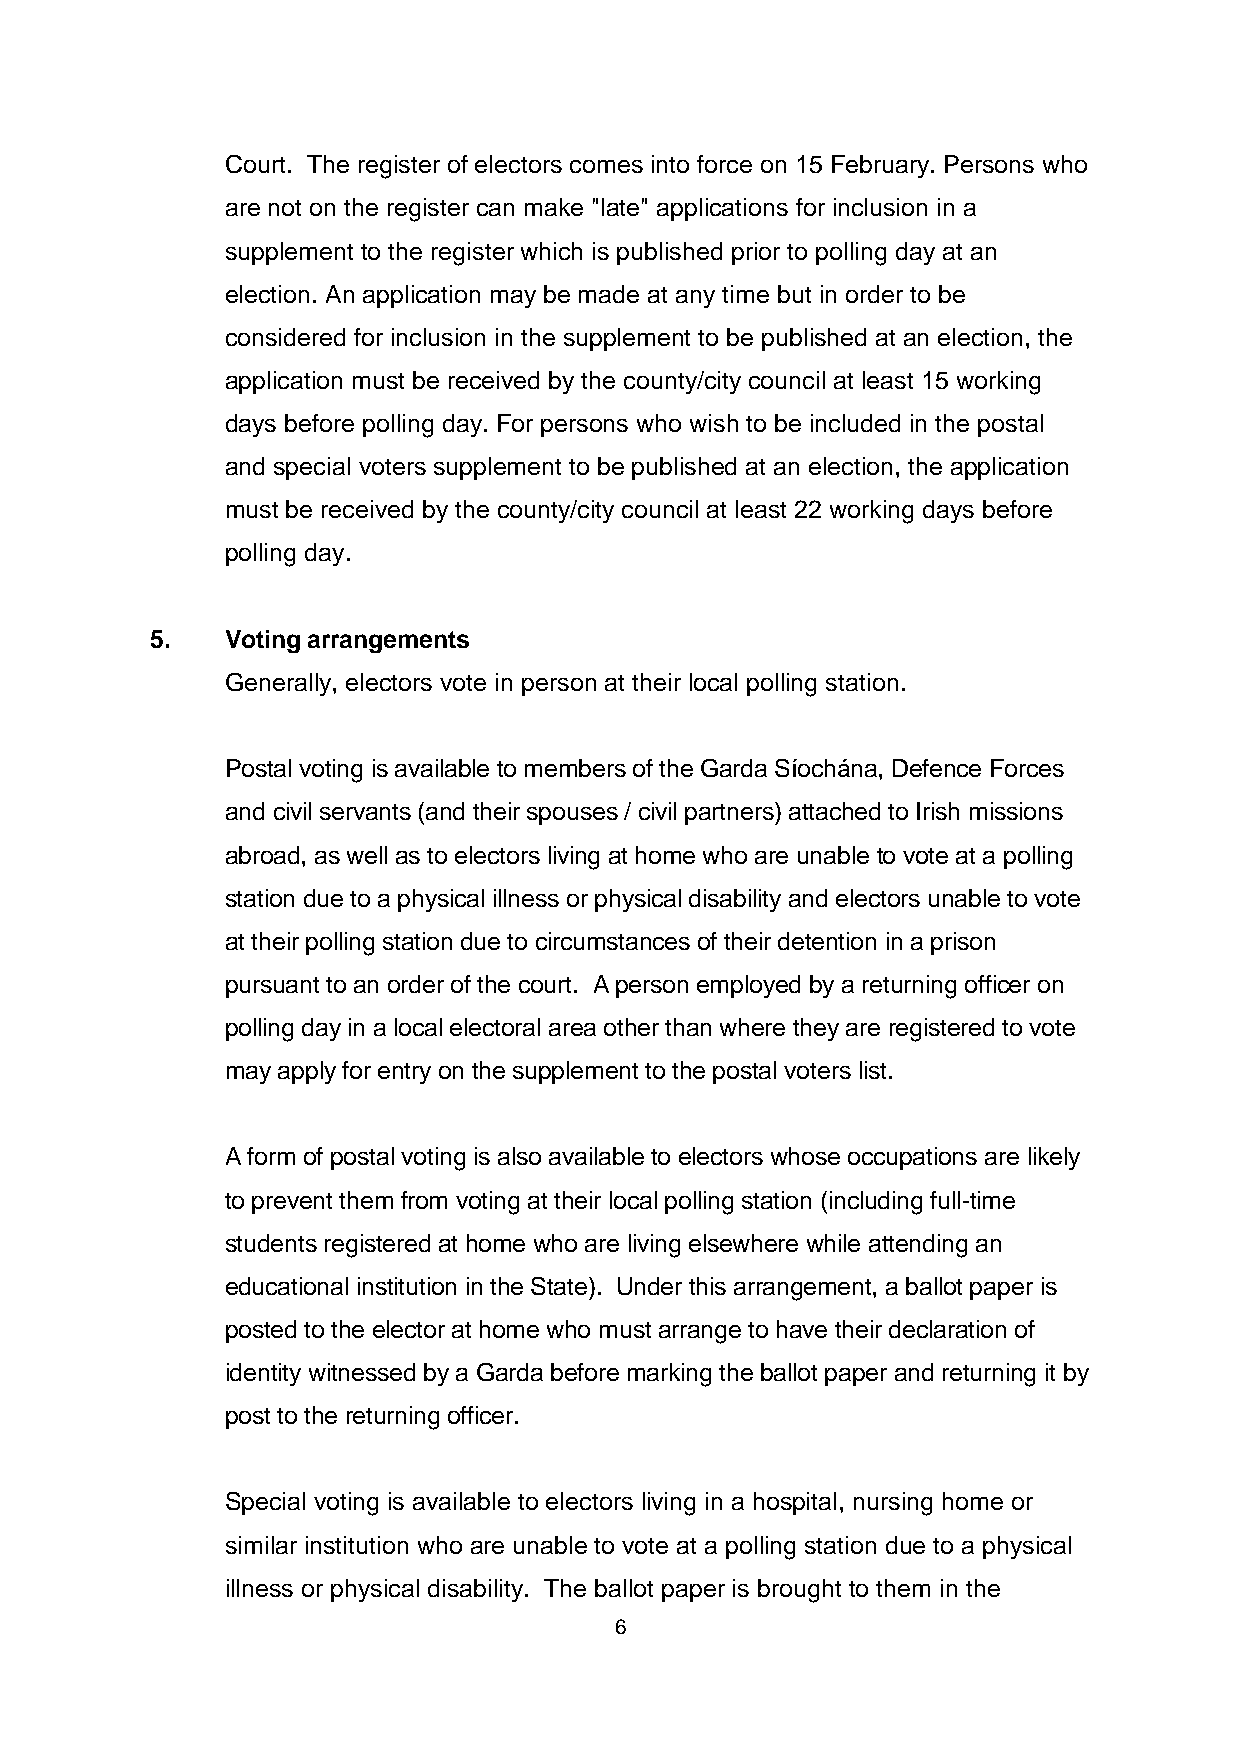
Court. The register of electors comes into force on 15 February. Persons who
 are not on the register can make "late" applications for inclusion in a
 supplement to the register which is published prior to polling day at an
 election. An application may be made at any time but in order to be
 considered for inclusion in the supplement to be published at an election, the
 application must be received by the county/city council at least 15 working
 days before polling day. For persons who wish to be included in the postal
 and special voters supplement to be published at an election, the application
 must be received by the county/city council at least 22 working days before
 polling day.
 5.   Voting arrangements
 Generally, electors vote in person at their local polling station.
 Postal voting is available to members of the Garda Síochána, Defence Forces
 and civil servants (and their spouses / civil partners) attached to Irish missions
 abroad, as well as to electors living at home who are unable to vote at a polling
 station due to a physical illness or physical disability and electors unable to vote
 at their polling station due to circumstances of their detention in a prison
 pursuant to an order of the court. A person employed by a returning officer on
 polling day in a local electoral area other than where they are registered to vote
 may apply for entry on the supplement to the postal voters list.
 A form of postal voting is also available to electors whose occupations are likely
 to prevent them from voting at their local polling station (including full-time
 students registered at home who are living elsewhere while attending an
 educational institution in the State). Under this arrangement, a ballot paper is
 posted to the elector at home who must arrange to have their declaration of
 identity witnessed by a Garda before marking the ballot paper and returning it by
 post to the returning officer.
 Special voting is available to electors living in a hospital, nursing home or
 similar institution who are unable to vote at a polling station due to a physical
 illness or physical disability. The ballot paper is brought to them in the
 6